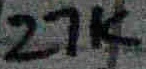
Text: 27K